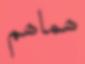
ھماھم